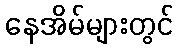
နေအိမ်များတွင်